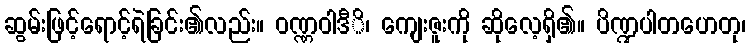
ဆွမ်းဖြင့်ရောင့်ရဲခြင်း၏လည်း။ ဝဏ္ဏဝါဒီိ၊ ကျေးဇူးကို ဆိုလေ့ရှိ၏။ ပိဏ္ဍပါတဟေတု၊